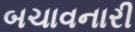
બચાવનારી